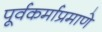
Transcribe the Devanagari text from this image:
पूर्वकर्माप्रमाणे